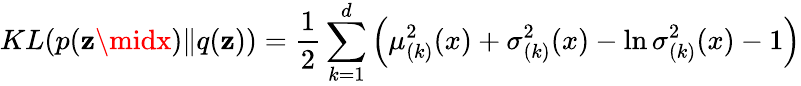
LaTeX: KL(p(\mathbf{z}\midx)\| q(\mathbf{z}))=\frac{{1}}{{2}}\sum_{k=1}^{d}\left(\mu_{(k)}^{2}(x)+\sigma_{(k)}^{2}(x)-\ln\sigma_{(k)}^{2}(x)-1\right)